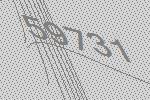
59731